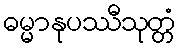
ဓမ္မာနုပဿီသုတ္တံ